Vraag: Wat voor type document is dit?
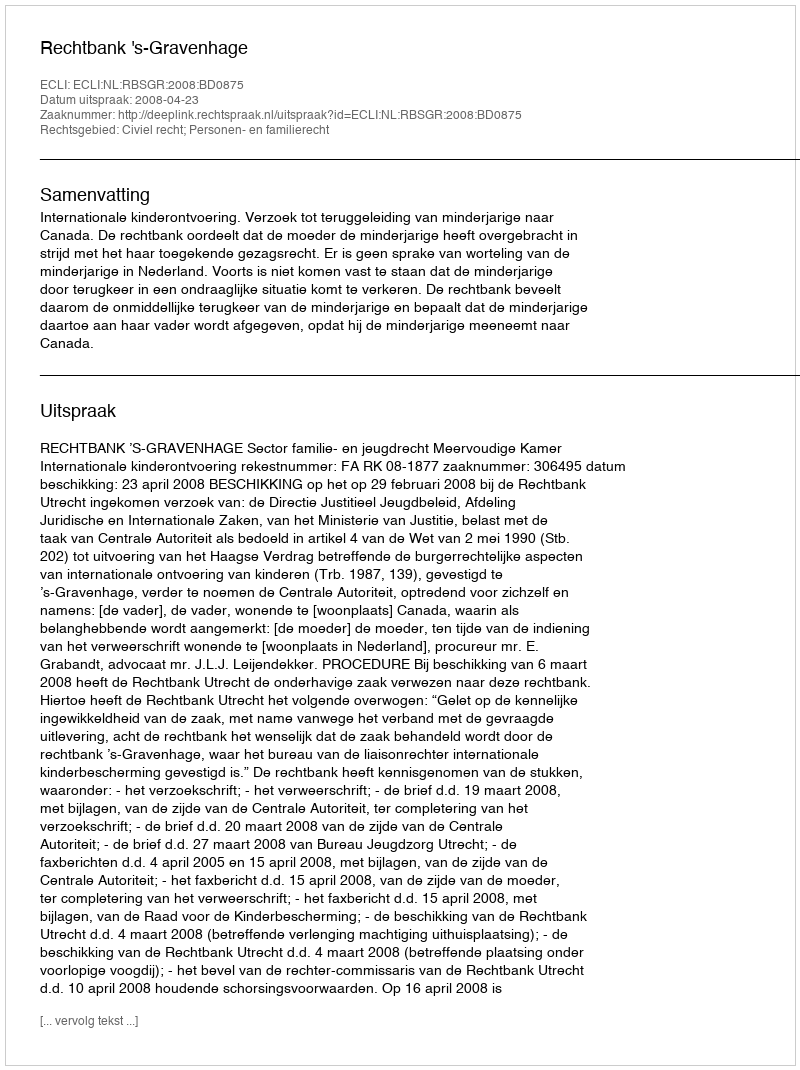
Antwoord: Uitspraak